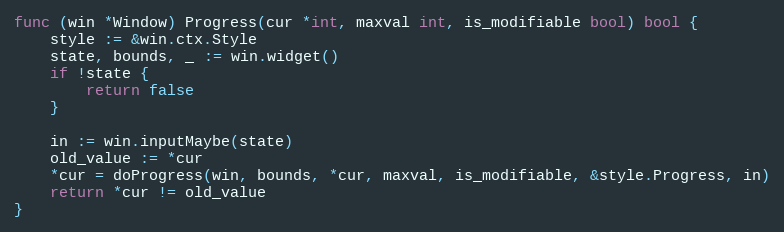
Language: Go
func (win *Window) Progress(cur *int, maxval int, is_modifiable bool) bool {
	style := &win.ctx.Style
	state, bounds, _ := win.widget()
	if !state {
		return false
	}

	in := win.inputMaybe(state)
	old_value := *cur
	*cur = doProgress(win, bounds, *cur, maxval, is_modifiable, &style.Progress, in)
	return *cur != old_value
}